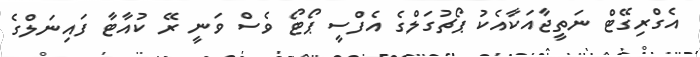
އެގްރިގޭޓް ނަތީޖާއަކާއެކު ޕޯޗުގަލްގެ އެފްސީ ޕޯޓޯ ވެސް ވަނީ ރޭ ކުއާޓާ ފައިނަލްގެ